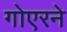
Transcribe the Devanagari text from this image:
गोएरने